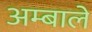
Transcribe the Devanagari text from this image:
अम्बाले